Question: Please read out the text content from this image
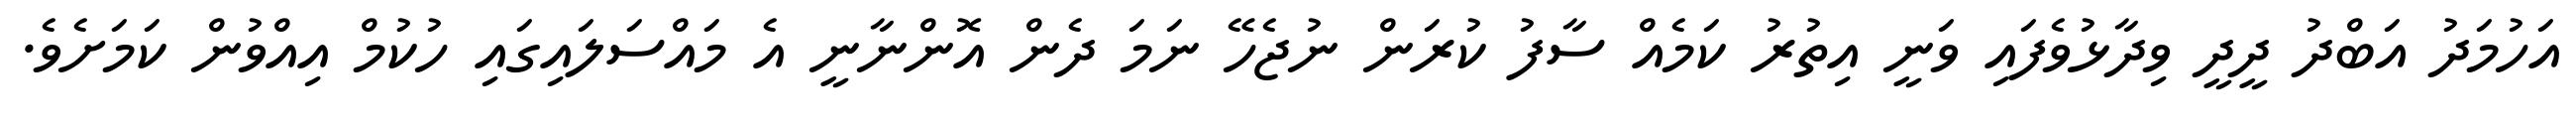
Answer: އަހުމަދު އަބްދު ދީދީ ވިދާޅުވެފައި ވަނީ އިތުރު ކަމެއް ސާފު ކުރަން ނުޖެހޭ ނަމަ ދެން އޮންނާނީ އެ މައްސަލައިގައި ހުކުމް އިއްވުން ކަމަށެވެ.